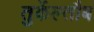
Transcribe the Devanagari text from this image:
तुर्केल्तौब